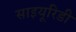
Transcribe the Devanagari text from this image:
साइयूरिडी